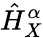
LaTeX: \hat{H}_{X}^{\alpha}